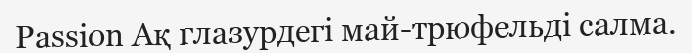
Passion Ақ глазурдегі май-трюфельді салма.